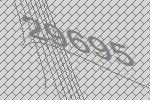
29695